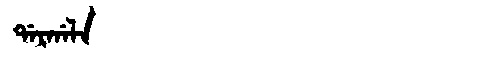
Manchu: ᡩᠠᡵᡤᠠᠯᠠ
Romanization: DARGALA